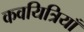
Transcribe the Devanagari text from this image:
कवयित्रियाँ